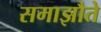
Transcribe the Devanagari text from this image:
समाझौते